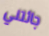
جائتني